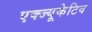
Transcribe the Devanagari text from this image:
एक्ज्यूकेटिव